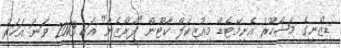
ޑިޒްނީގެ މަޝްހޫރު އެނިމޭޓެޑް މިއުޒިކަލް ކާޓޫން "ފްރޯޒެން" އަކީ 2013 ވަނަ އަހަރު